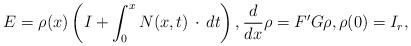
LaTeX: \begin{align*} E= \rho(x)\left(I+\int_0^x N(x,t)\, \cdot \,dt\right), \frac{d}{dx}\rho=F'G\rho, \rho(0)=I_r,\end{align*}